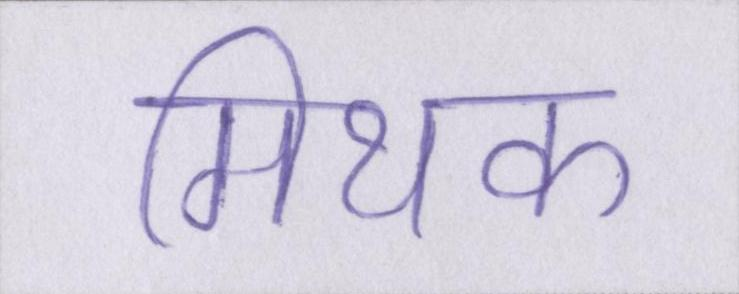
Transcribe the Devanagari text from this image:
मिथक